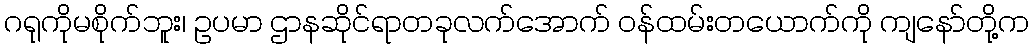
ဂရုကိုမစိုက်ဘူး၊ ဥပမာ ဌာနဆိုင်ရာတခုလက်အောက် ဝန်ထမ်းတယောက်ကို ကျနော်တို့က